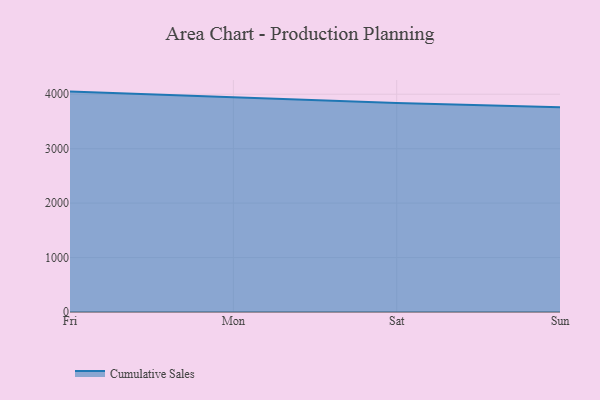
{"axis": {"x": "Day", "y": "Conversion Rate (%)"}, "legend": ["Cumulative Sales"], "data": [{"x": "Fri", "y": 4047.9, "type": "Cumulative Sales"}, {"x": "Mon", "y": 3938.3, "type": "Cumulative Sales"}, {"x": "Sat", "y": 3837.7, "type": "Cumulative Sales"}, {"x": "Sun", "y": 3760.8, "type": "Cumulative Sales"}]}